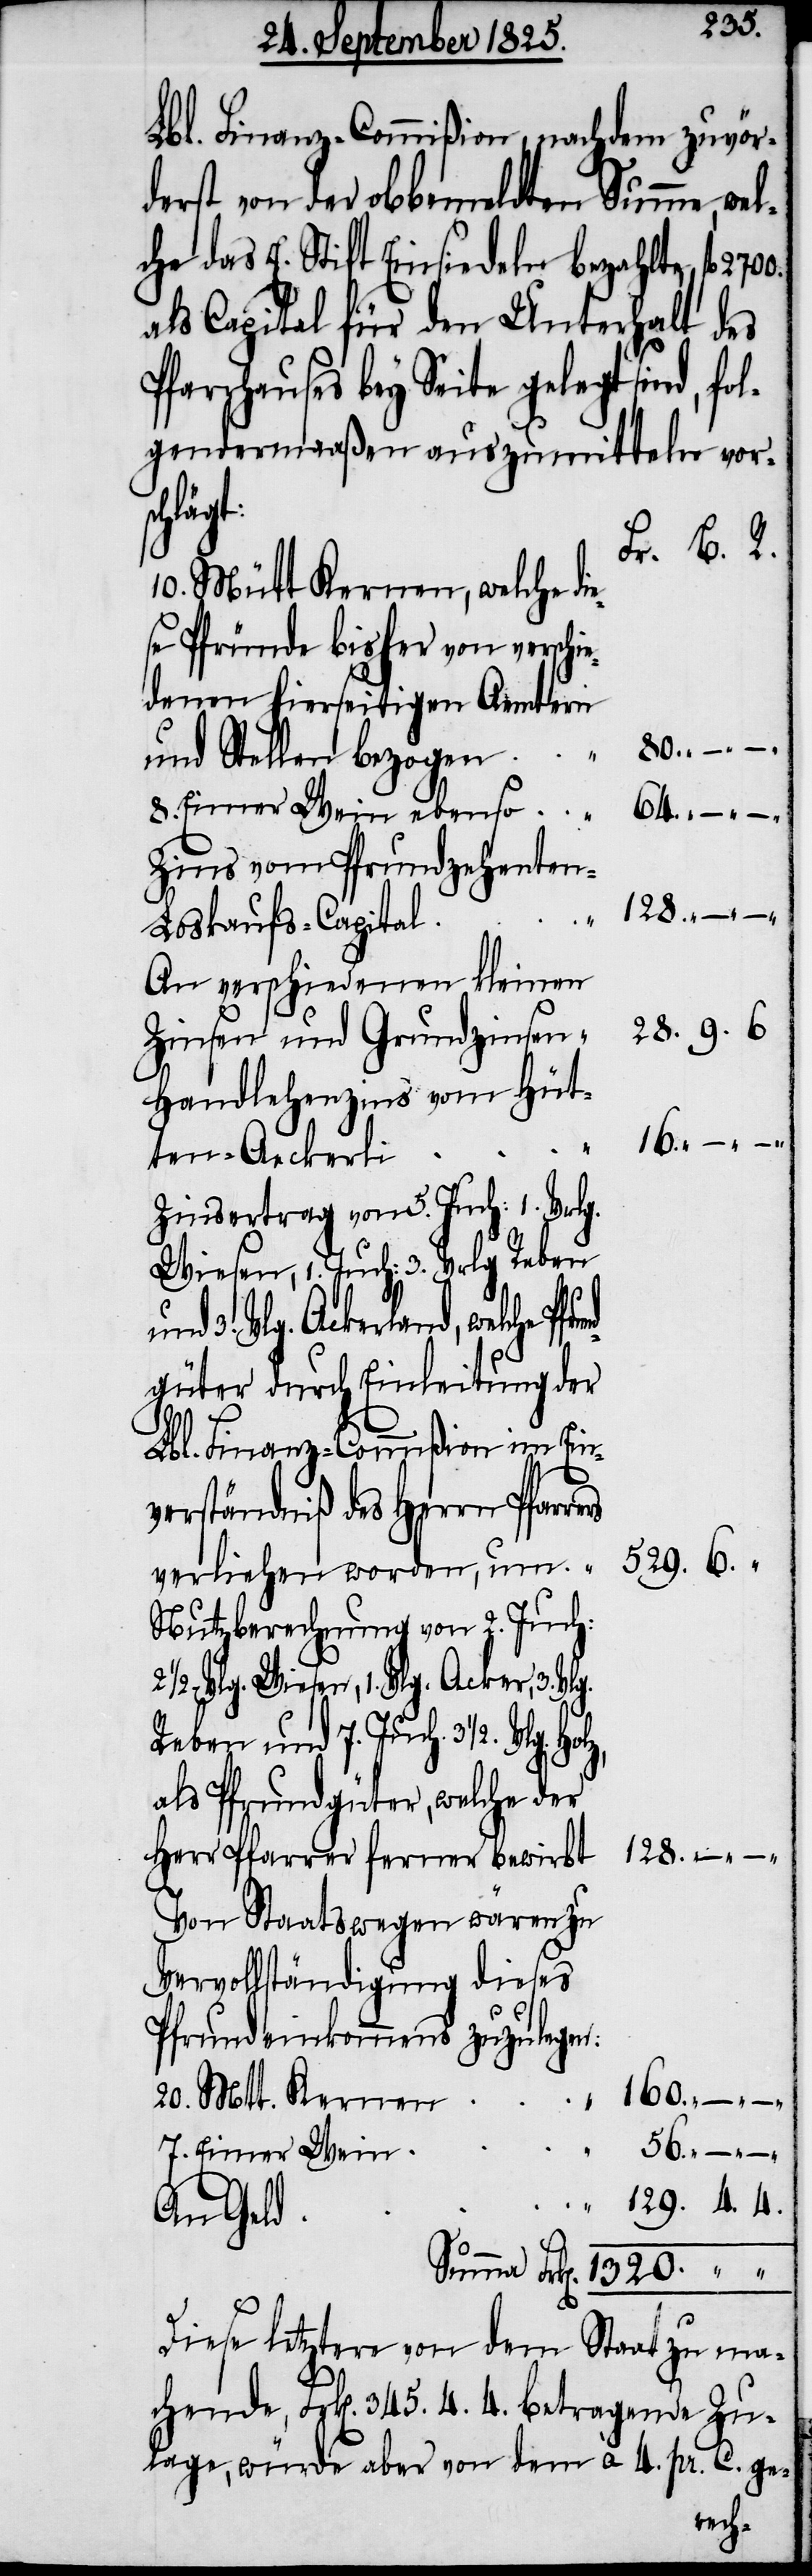
Lbl. Finanz-Commißion, nachdem zuvör¬
derst von der obbemeldten Summe, wel¬
che das E. Stift Einsiedeln bezahlte, fl
als Capitel für den Unterhalt des
Pfarrhauses bey Seite gelegt sind, fol¬
gendermaaßen auszumitteln vorsc¬
Vlg.
Fr.	B.	R.
10. Mütt Kernen, welche di¬
An
7.
und Stellen bezoge¬
Zins von Pfrundzehente¬
An verschiedene kleinen
Handlehenzins vom Hüt¬
Zinsvortrag von 5. Juch: 1. Vrlg.
Wiesen, 1. Juch. 3. Vrlg Reben
verständniß des Herrn Pfarr¬
verliehen worden,
Nutzberechnung von 2. Juch:
als Pfrundgüter, welche der
Von Staatswegen wären zu
Vervollständigung dieses
einkommens zuzulegen:
8. Eimer Wein
der Lbl.
Diese letztere von dem Staat zu ma¬
chende, Frk[en]. 345. 4. 4. betragende Zu¬
lage, würde aber von dem à 4. pr. C. ge-
welche